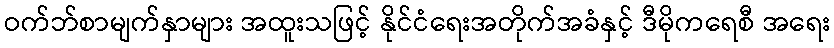
ဝက်ဘ်စာမျက်နှာများ အထူးသဖြင့် နိုင်ငံရေးအတိုက်အခံနှင့် ဒီမိုကရေစီ အရေး